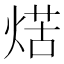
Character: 𤋼